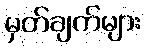
မှတ်ချက်များ